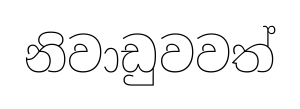
නිවාඩුවවත්